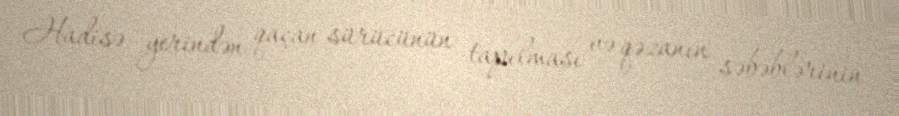
Hadisə yerindən qaçan sürücünün tapılması və qəzanın səbəblərinin